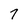
Character: 7